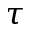
\tau